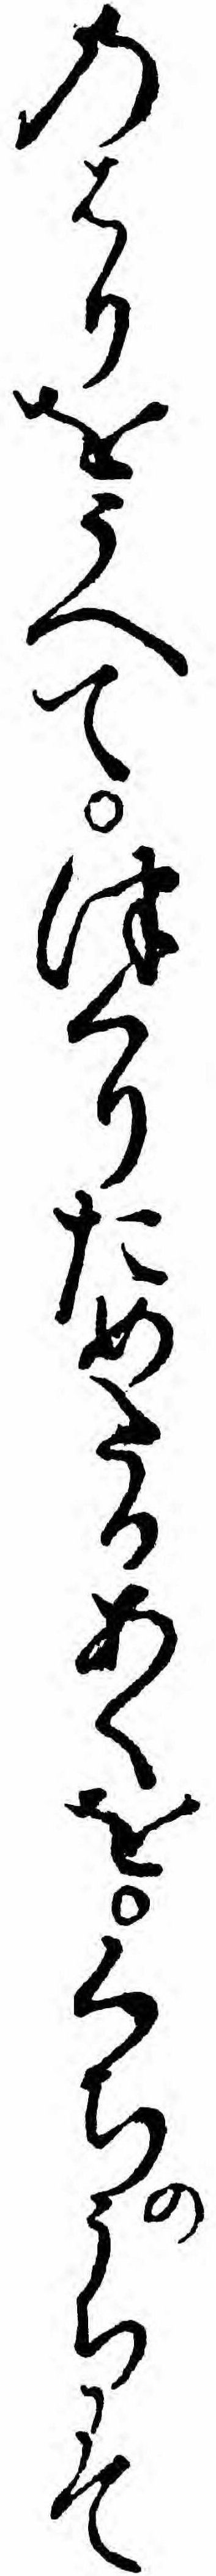
のはりをうへてつくりためたるあくをくちのうちにて